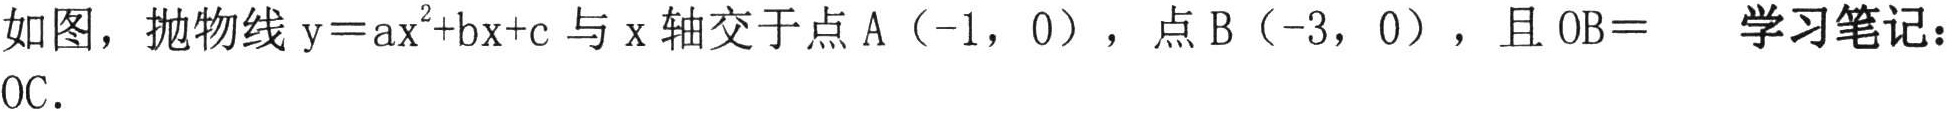
如图，抛物线\(y = ax^{2}+bx + c\)与\(x\)轴交于点\(A(-1,0)\)，点\(B(-3,0)\)，且\(OB = \)  学习笔记：\(OC\).